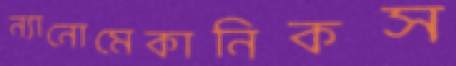
ন্যানোমেকানিকস